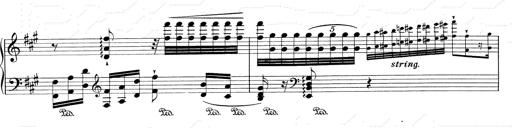
Title: RÃ©miniscences de Don Juan
Composer: Franz Liszt